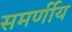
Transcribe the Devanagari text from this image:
समर्णीय